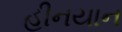
હીનયાન